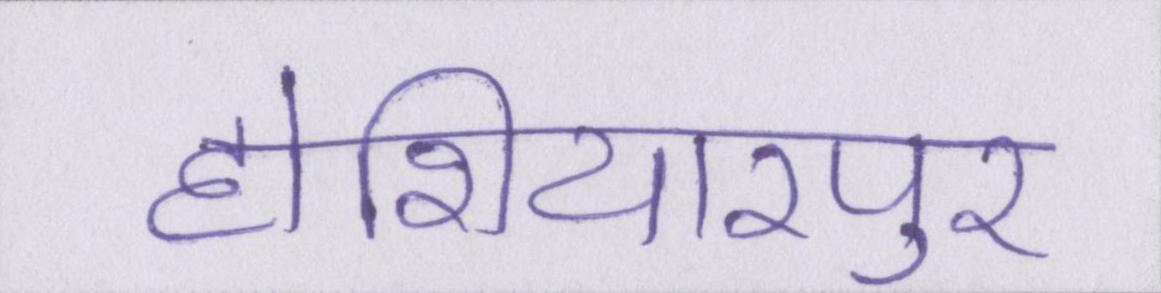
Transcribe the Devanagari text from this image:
होशियारपुर